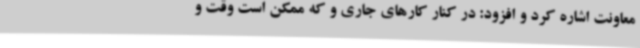
معاونت اشاره کرد و افزود: در کنار کارهای جاری و که ممکن است وقت و